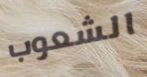
الشعوب